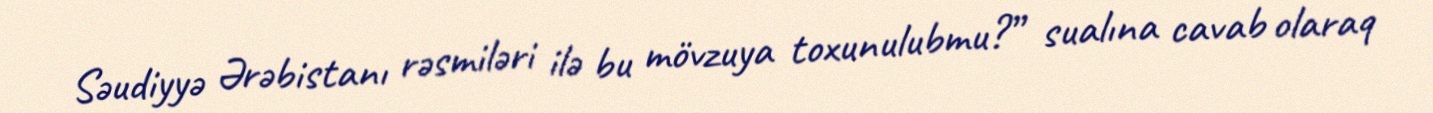
Səudiyyə Ərəbistanı rəsmiləri ilə bu mövzuya toxunulubmu?” sualına cavab olaraq